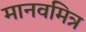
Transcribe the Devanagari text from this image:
मानवमित्र